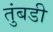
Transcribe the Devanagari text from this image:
तुंबडी